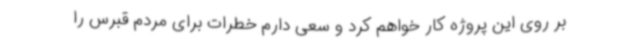
بر روی این پروژه کار خواهم کرد و سعی دارم خطرات برای مردم قبرس را